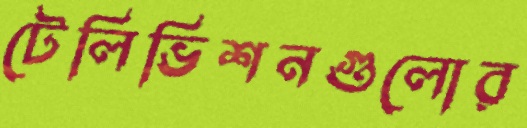
টেলিভিশনগুলোর